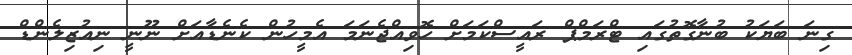
ގިނަ ބަޔަކު ބުނާގޮތުގައި ޓްރަމްޕް ރައީސްކަމަށް ހޮވިއްޖެނަމަ އެމީހުން ކެނެޑާއަށް ނޫނީ ނިއުޒިލެންޑް